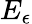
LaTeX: E_{\epsilon}